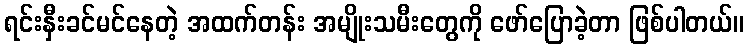
ရင်းနှီးခင်မင်နေတဲ့ အထက်တန်း အမျိုးသမီးတွေကို ဖော်ပြောခဲ့တာ ဖြစ်ပါတယ်။